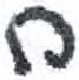
אות: ח